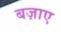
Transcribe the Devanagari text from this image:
बज़ाए